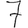
Digit: 7